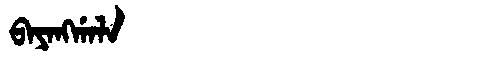
Manchu: ᠪᠠᠶᠠᠩᡤᠠᠯᠠ
Romanization: BAYANGGALA